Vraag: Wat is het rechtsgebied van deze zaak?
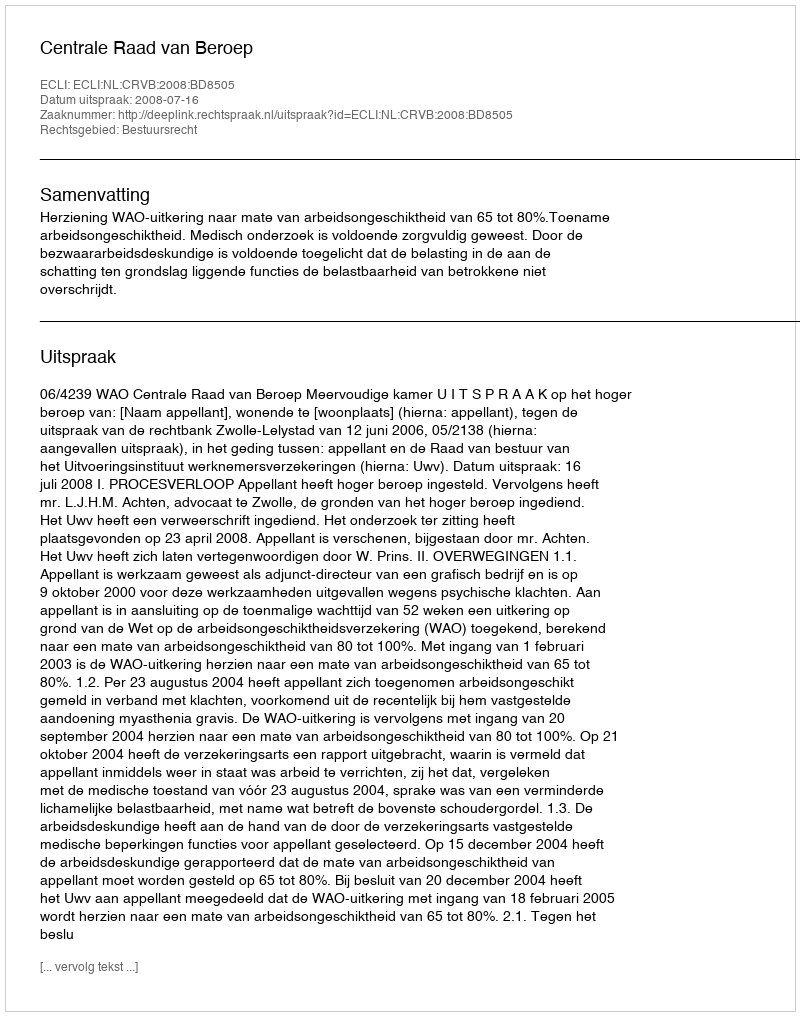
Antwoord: Bestuursrecht